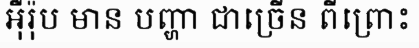
អ៊ឺរ៉ុប មាន បញ្ហា ជាច្រើន ពីព្រោះ